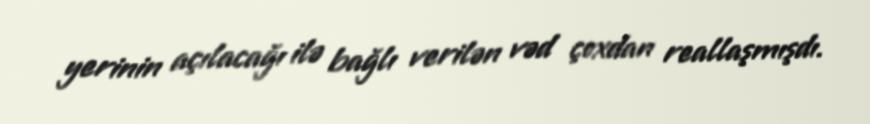
yerinin açılacağı ilə bağlı verilən vəd çoxdan reallaşmışdı.